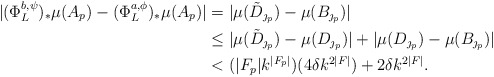
\begin{align*} | (\Phi^{b,\psi}_L)_* \mu(A_p) - (\Phi^{a,\phi}_L)_*\mu(A_p) | & = |\mu(\tilde{D}_{\jmath_p}) - \mu(B_{\jmath_p})| \\ & \leq |\mu(\tilde{D}_{\jmath_p}) - \mu(D_{\jmath_p})| + |\mu(D_{\jmath_p}) - \mu(B_{\jmath_p})| \\ &< (|F_p| k^{|F_p|}) ( 4 \delta k^{2 |F|}) + 2 \delta k^{2 |F|}.\end{align*}